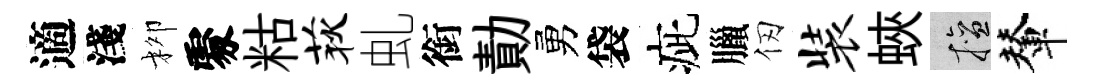
適淺柳𠁅䊀荻虬銜勣勇袋疵臘仞装蛺擅輦